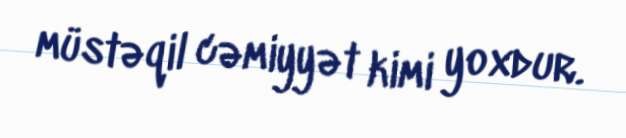
müstəqil cəmiyyət kimi yoxdur.